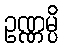
ဥဏ္ဏမ္ပိ